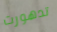
تدهورت